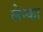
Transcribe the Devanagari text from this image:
लेन्का